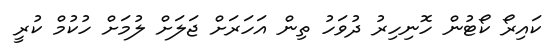
ކައިރޯ ކޯޓުން ހޮނިހިރު ދުވަހު ތިން އަހަރަށް ޖަލަށް ލުމަށް ހުކުމް ކުރީ